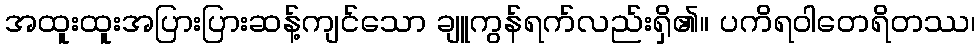
အထူးထူးအပြားပြားဆန့်ကျင်သော ချူကွန်ရက်လည်းရှိ၏။ ပကိရဝါတေရိတဿ၊